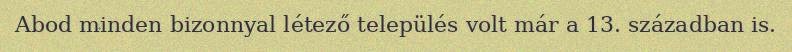
Abod minden bizonnyal létező település volt már a 13. században is.